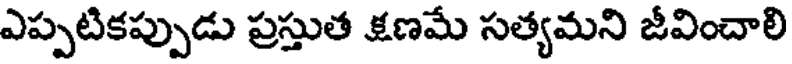
ఎప్పటికప్పుడు ప్రస్తుత క్షణమే సత్యమని జీవించాలి